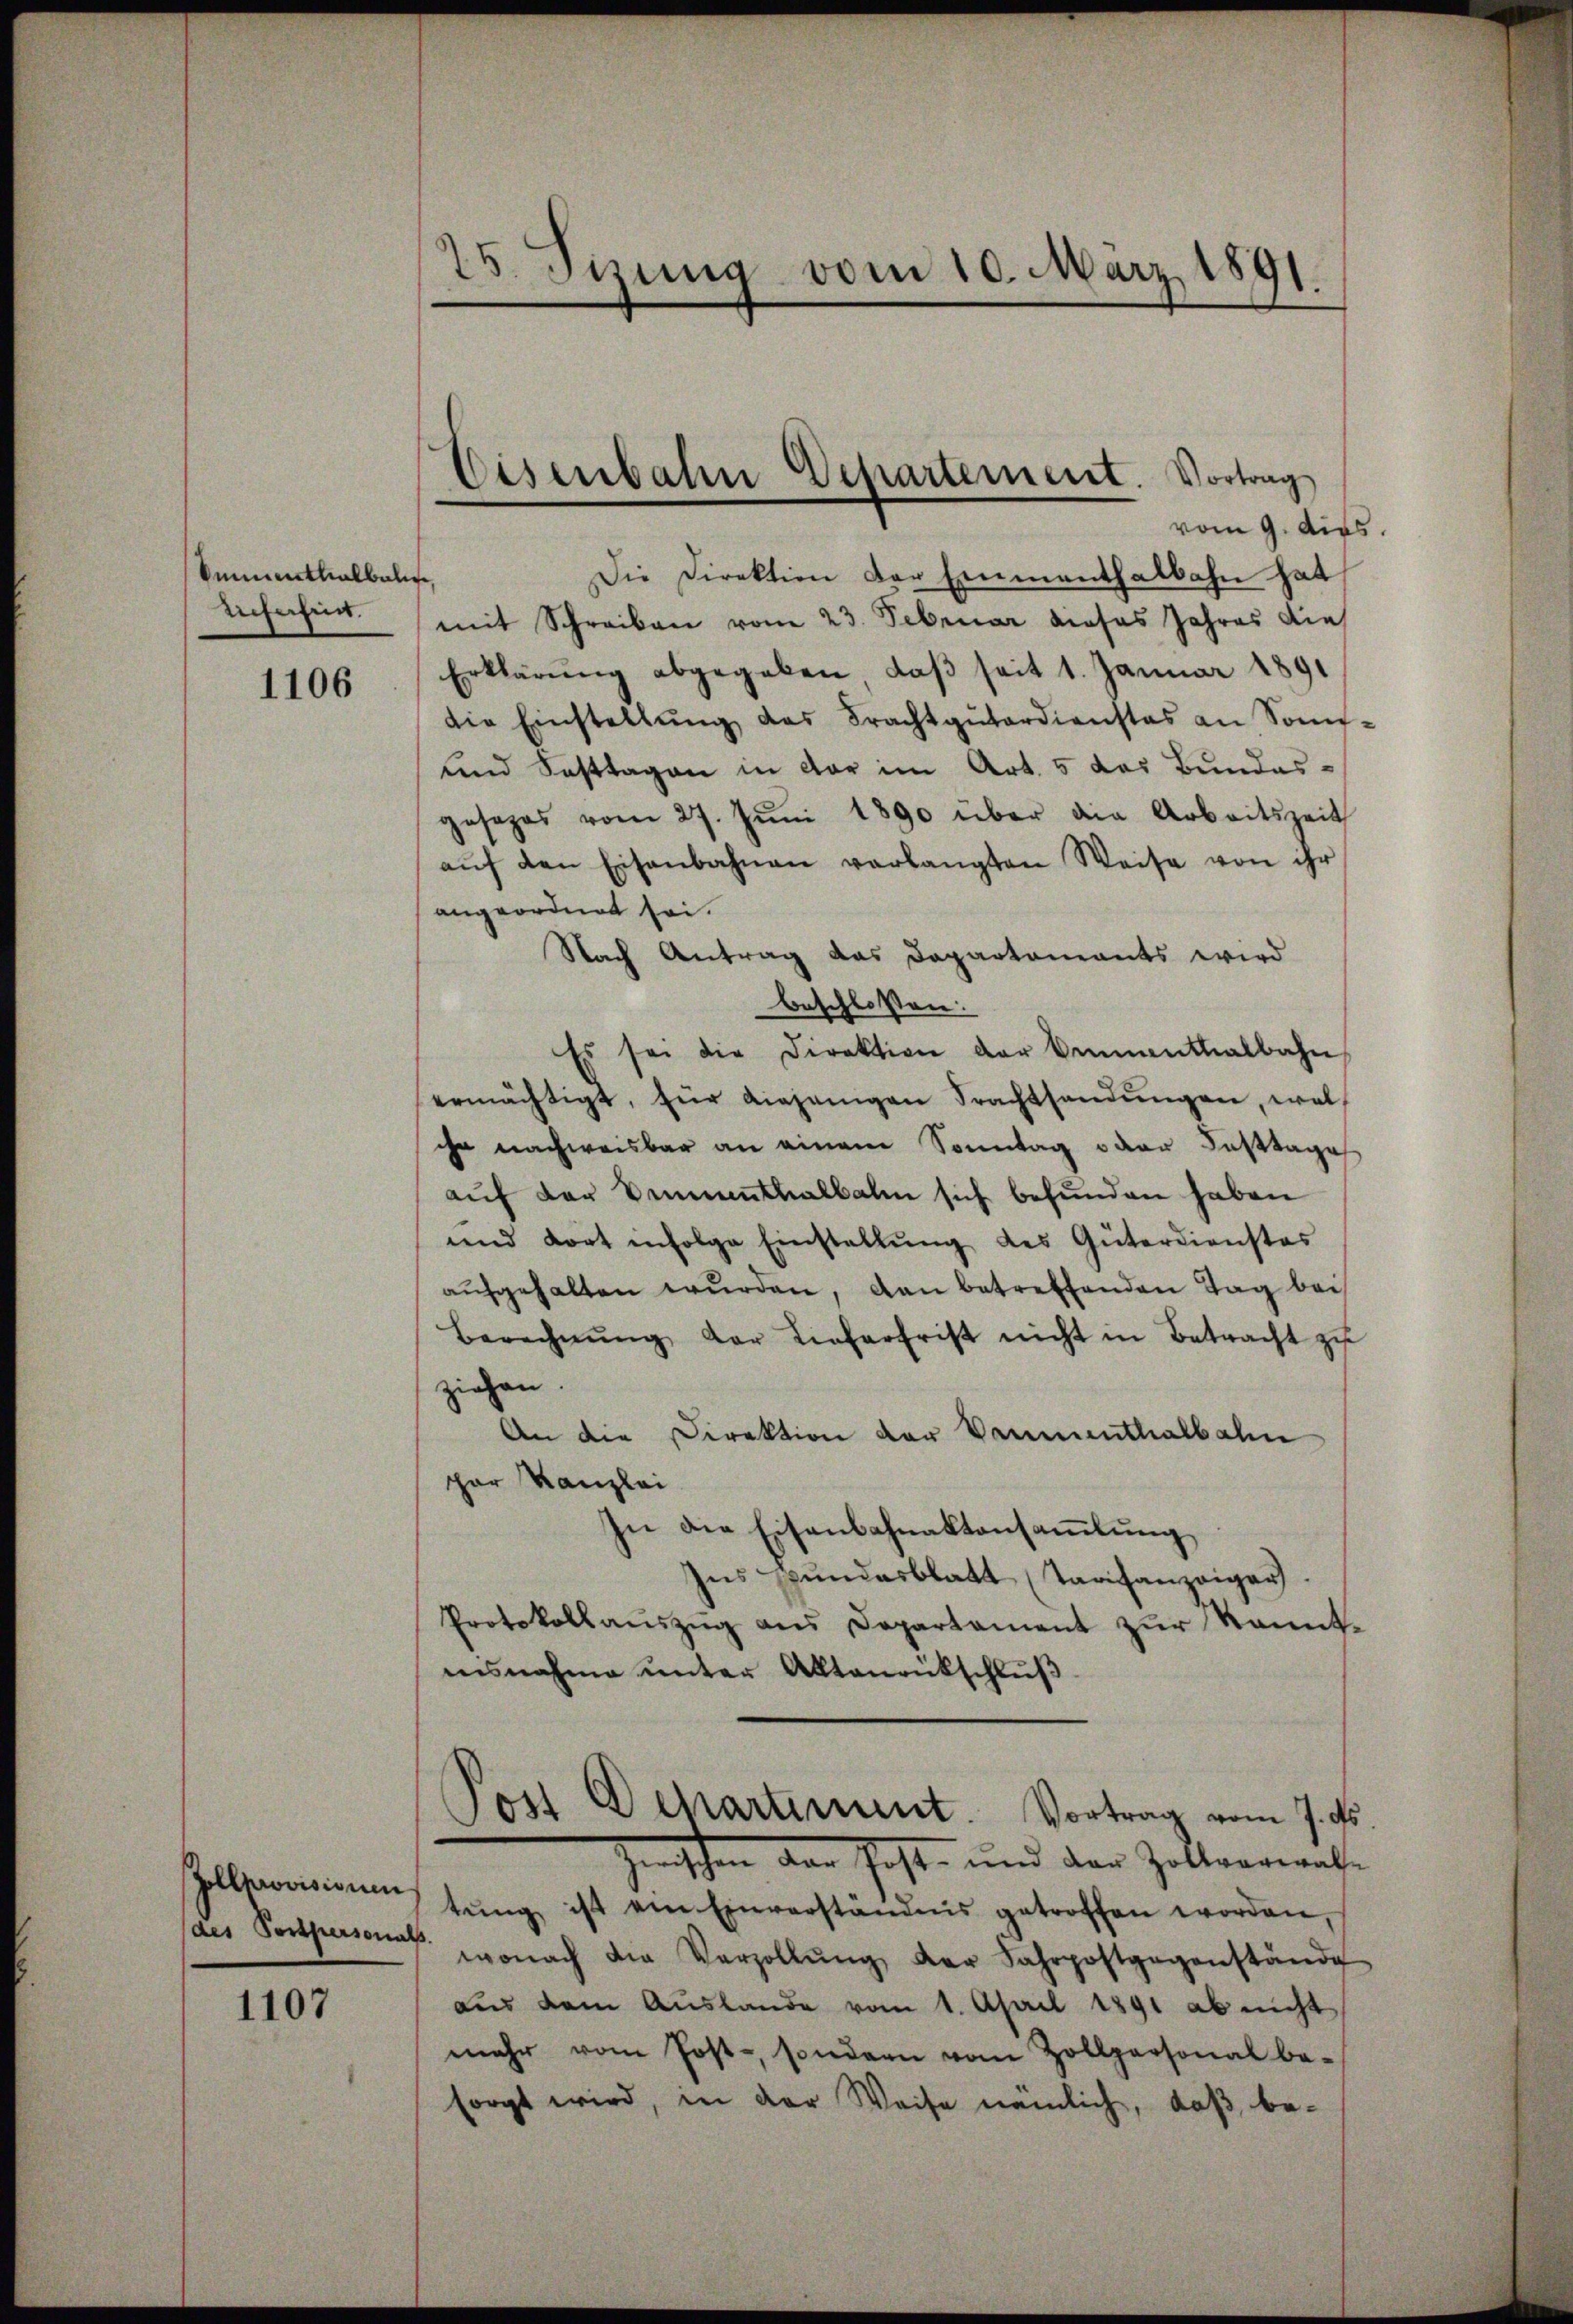
Ommenthalbali,
Eicherheit.

1106

Gollprovisivum
des Postpersonal

1107

25. Sizung vom 10. März 1891.

Eisenbahn Departement. Vortrag
vom 9. dies

Die Direktion der Einmenthalbahn hat
mit Schreiben vom 23. Februar dieses Jahres die
Erklärung abgegeben, daß seit 1. Januar 1891
die Einstellŭng des Frachtgŭtardienstes an Som-
und Fasttagen in der im Art. 5 das Bundesgesezes vom 27. Jŭni 1890 über die Arbeitszeit
aŭf den Eisenbahnen verlangten Weise von ihr
angeordnet sei.
Nach Antrag das Departamants wird
beschlossen:
Es sei die Direktion der Cementhalbahn
ermächtigt, für diejenigen Trachtsandŭngen, wel
che nachweisbar an einem Sonntag oder Fasttages
aŭf der Bennenthalbahn sich befunden haben
und dort infolge Einstallŭng des Güterdienstes
aŭfgehalten wŭrden, dan betreffenden Tag bei
Berechnŭng der Lieferfrist nicht in Betracht zu
ziehen.
An die Direktion der Vaumenthalbahn
par Kanzlei
In die Eisenbahnaktensaṁlŭng
Ins Bŭndesblatt (Tarifanzeiger.
Protokollaŭszŭg ans Departament zur kannt-
ensnahme unter Aktenrückschluß
Post Departement. Vortrag vom 7. ds.
Zwischen dem Gast- und der Zollverwalt
tŭng ist ein Einverständnis getroffen worden,
wonach die Verzollŭng der Fahrpostgegenstände
aus dem Auslande vom 1. April 1891 ab nicht
mehr vom Post- sondern vom Zollpersonal be-
sorgt wird, in der Weise nämlich, daß be¬